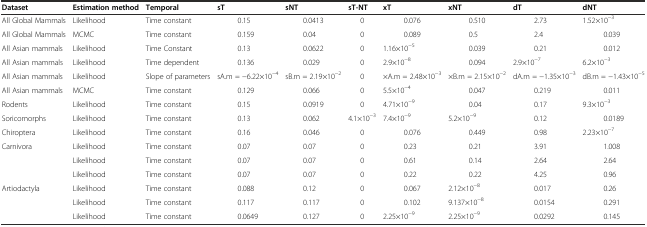
<table><thead><tr><td><b>Dataset</b></td><td><b>Estimation method</b></td><td><b>Temporal</b></td><td><b>sT</b></td><td><b>sNT</b></td><td><b>sT-NT</b></td><td><b>xT</b></td><td><b>xNT</b></td><td><b>dT</b></td><td><b>dNT</b></td></tr></thead><tbody><tr><td>All Global Mammals</td><td>Likelihood</td><td>Time constant</td><td>0.15</td><td>0.0413</td><td>0</td><td>0.076</td><td>0.510</td><td>2.73</td><td>1.52×10<sup>−3</sup></td></tr><tr><td>All Global Mammals</td><td>MCMC</td><td>Time constant</td><td>0.159</td><td>0.04</td><td>0</td><td>0.089</td><td>0.5</td><td>2.4</td><td>0.039</td></tr><tr><td>All Asian mammals</td><td>Likelihood</td><td>Time Constant</td><td>0.13</td><td>0.0622</td><td>0</td><td>1.16×10<sup>−5</sup></td><td>0.039</td><td>0.21</td><td>0.012</td></tr><tr><td>All Asian mammals</td><td>Likelihood</td><td>Time dependent</td><td>0.136</td><td>0.029</td><td>0</td><td>2.9×10<sup>−8</sup></td><td>0.094</td><td>2.9×10<sup>−7</sup></td><td>6.2×10<sup>−3</sup></td></tr><tr><td>All Asian mammals</td><td>Likelihood</td><td>Slope of parameters</td><td>sA.m = −6.22×10<sup>−4</sup></td><td>sB.m = 2.19×10<sup>−2</sup></td><td>0</td><td>×A.m = 2.48×10<sup>−3</sup></td><td>×B.m = 2.15×10<sup>−2</sup></td><td>dA.m = −1.35×10<sup>−3</sup></td><td>dB.m = −1.43×10<sup>−5</sup></td></tr><tr><td>All Asian mammals</td><td>MCMC</td><td>Time constant</td><td>0.129</td><td>0.066</td><td>0</td><td>5.5×10<sup>−4</sup></td><td>0.047</td><td>0.219</td><td>0.011</td></tr><tr><td>Rodents</td><td>Likelihood</td><td>Time constant</td><td>0.15</td><td>0.0919</td><td>0</td><td>4.71×10<sup>−9</sup></td><td>0.04</td><td>0.17</td><td>9.3×10<sup>−3</sup></td></tr><tr><td>Soricomorphs</td><td>Likelihood</td><td>Time constant</td><td>0.13</td><td>0.062</td><td>4.1×10<sup>−3</sup></td><td>7.4×10<sup>−9</sup></td><td>5.2×10<sup>−9</sup></td><td>0.12</td><td>0.0189</td></tr><tr><td>Chiroptera</td><td>Likelihood</td><td>Time constant</td><td>0.16</td><td>0.046</td><td>0</td><td>0.076</td><td>0.449</td><td>0.98</td><td>2.23×10<sup>−7</sup></td></tr><tr><td>Carnivora</td><td>Likelihood</td><td>Time constant</td><td>0.07</td><td>0.07</td><td>0</td><td>0.23</td><td>0.21</td><td>3.91</td><td>1.008</td></tr><tr><td></td><td>Likelihood</td><td>Time constant</td><td>0.07</td><td>0.07</td><td>0</td><td>0.61</td><td>0.14</td><td>2.64</td><td>2.64</td></tr><tr><td></td><td>Likelihood</td><td>Time constant</td><td>0.07</td><td>0.07</td><td>0</td><td>0.22</td><td>0.22</td><td>4.25</td><td>0.96</td></tr><tr><td>Artiodactyla</td><td>Likelihood</td><td>Time constant</td><td>0.088</td><td>0.12</td><td>0</td><td>0.067</td><td>2.12×10<sup>−8</sup></td><td>0.017</td><td>0.26</td></tr><tr><td></td><td>Likelihood</td><td>Time constant</td><td>0.117</td><td>0.117</td><td>0</td><td>0.102</td><td>9.137×10<sup>−8</sup></td><td>0.0154</td><td>0.291</td></tr><tr><td></td><td>Likelihood</td><td>Time constant</td><td>0.0649</td><td>0.127</td><td>0</td><td>2.25×10<sup>−9</sup></td><td>2.25×10<sup>−9</sup></td><td>0.0292</td><td>0.145</td></tr></tbody></table>